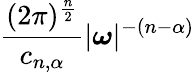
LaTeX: {\frac{(2\pi)^{\frac{n}{2}}}{c_{n,\alpha}}}|{\boldsymbol{\omega}}|^{-(n-\alpha)}